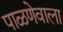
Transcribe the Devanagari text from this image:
पाळणेवाला